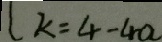
l k = 4 - 4 a